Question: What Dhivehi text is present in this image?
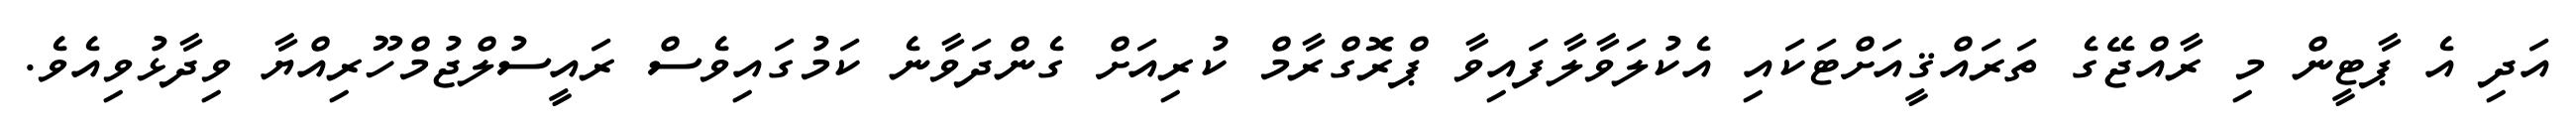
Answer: އަދި އެ ޕާޓީން މި ރާއްޖޭގެ ތަރައްޤީއަށްޓަކައި އެކުލަވާލާފައިވާ ޕްރޮގްރާމް ކުރިއަށް ގެންދަވާނެ ކަމުގައިވެސް ރައީސުލްޖުމްހޫރިއްޔާ ވިދާޅުވިއެވެ.